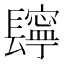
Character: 𨲸